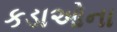
કડાઓના